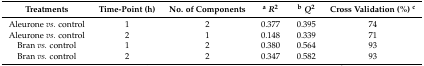
| Treatments | Time-Point (h) | No. of Components | aR2 | bQ2 | Cross Validation (%) c |
 | --- | --- | --- | --- | --- | --- |
 | Aleurone vs. control | 1 | 2 | 0.377 | 0.395 | 74 |
 | Aleurone vs. control | 2 | 1 | 0.148 | 0.339 | 71 |
 | Bran vs. control | 1 | 2 | 0.380 | 0.564 | 93 |
 | Bran vs. control | 2 | 2 | 0.347 | 0.582 | 93 |